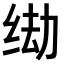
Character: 𫄦